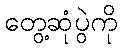
တွေ့ဆုံပွဲကို